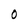
Character: O